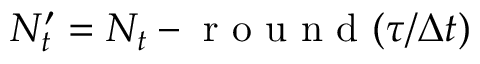
N _ { t } ^ { \prime } = N _ { t } - \mathrm { ~ r ~ o ~ u ~ n ~ d ~ } ( \tau / \Delta t )